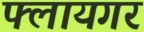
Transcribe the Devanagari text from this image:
फ्लायगर